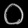
Digit: ၀